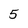
Character: 5